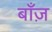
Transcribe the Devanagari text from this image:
बाँज़